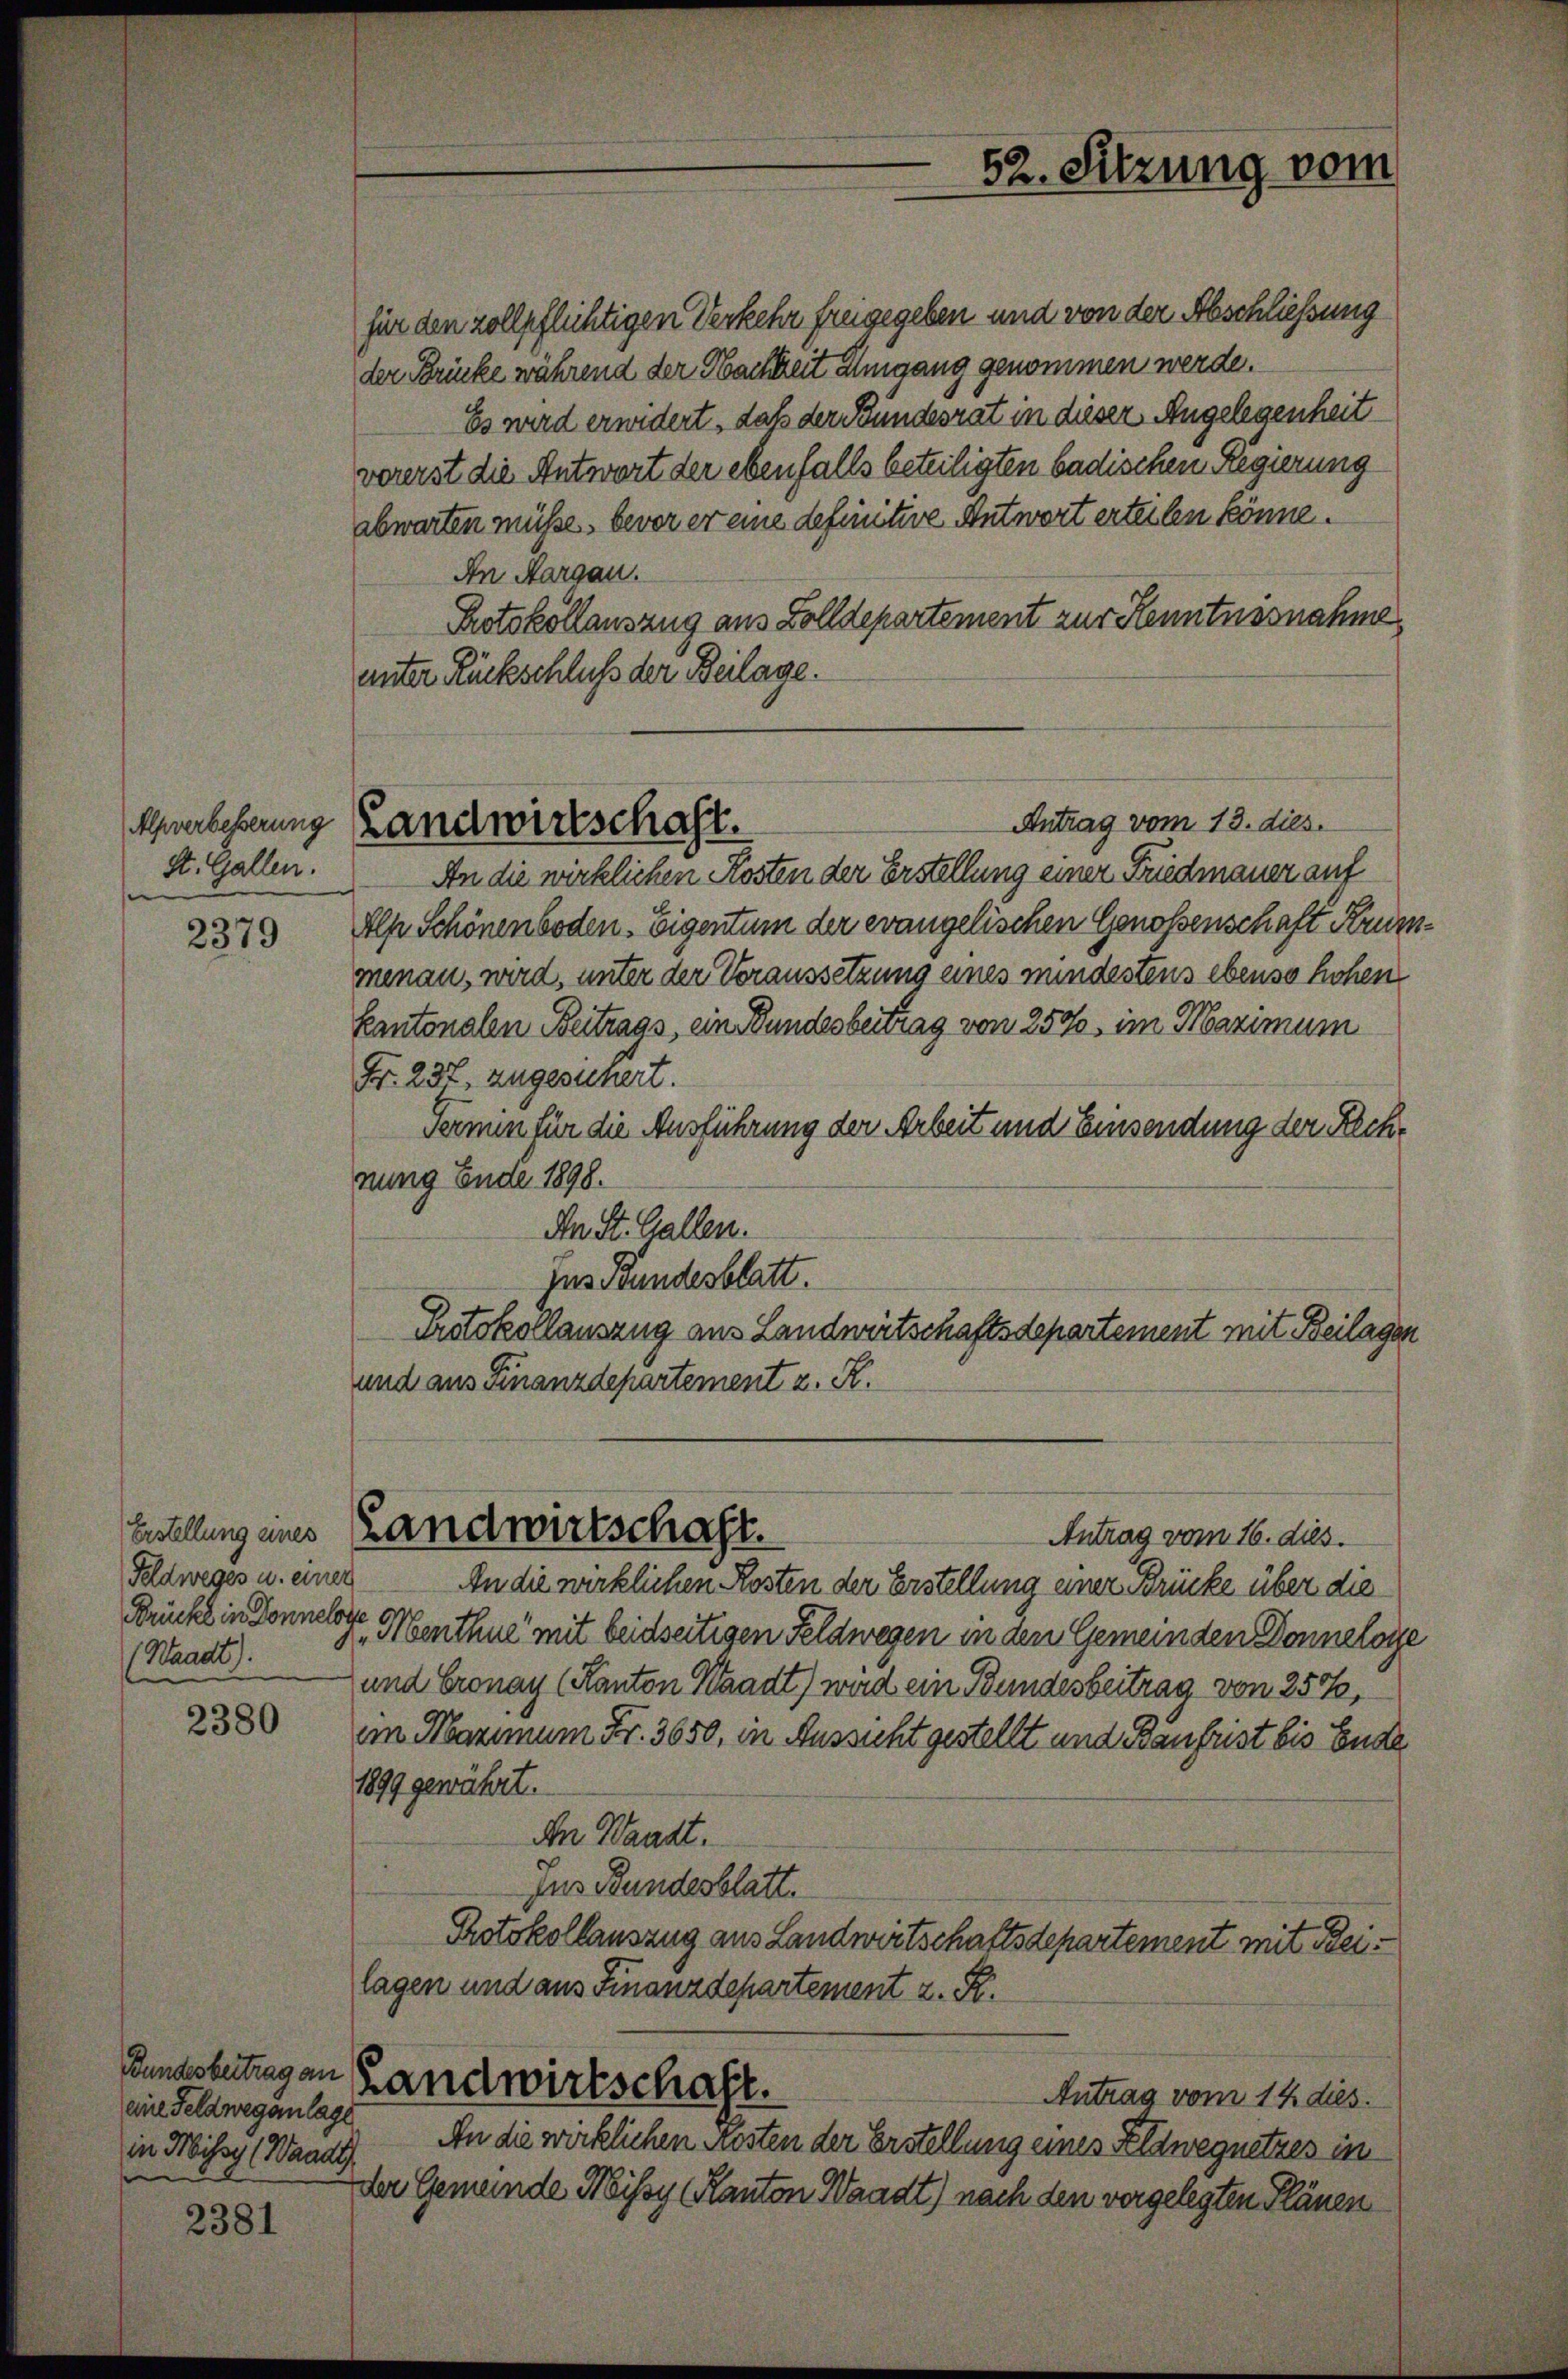
Alpverbesserung
St. Gallen.

2379

Erstellung eines
Feldweges u. einer
Brücke in Donnels
(Waadt.

2380

Bundesbeitrag an
eine Feldwegenlage
in Missy (Waadt

2381

Landwirtschaft.

für den zollpflichtigen Verkehr freigegeben und von der Abschließung
der Brücke während der Nachheit Umgang genommen werde.
Es wird erwidert, daß der Bundesrat in dieser Angelegenheit
vererst die Antwort der ebenfalls beteiligten badischen Regierung
abwarten müße, bevor er eine definitive Antwort erteilen könne.
An Margau.
Protokollauszug aus Zolldepartement zur Kenntnssnahme
unter Rückschluß der Beilage.
An die wirklichen Kosten der Erstellung einer Friedmauer auf
Alp Schönenboden-Eigentum der evangelischen Genossenschaft Krurmenau, wird, unter der Voraussetzung eines mindestens ebenso hohen
kantonalen Beitrags, ein Bundesbeitrag von 250, im Maximum
Fr. 237, zugesunert.
Termin für die Ausführung der Arbeit und Einsendung der Rechnung Ende 1898.
An St. Gallen.
Jus Bundesblatt.
Protokollauszug aus Landwirtschaftsdepartement mit Beilager
und aus Finanzdepartement z. R.
Landwirtschaft.
Antrag vom 16. dies.
An die wirklichen Kosten der Erstellung einer Brücke über die
fl
„Menthue mit beidseitigen Feldwegen in den Gemeinden Donneloy
und Cronay (Kanton Waadt) wird ein Bundesbeitrag von 250,
im Maximum Fr. 3650, in Aussicht gestellt und Baufrist bis Ende
1899 gewährt.
An Waadt.
Jus Bundesblatt.
Protokollauszug aus Landwirtschaftsdepartement mit Beilagen und aus Finanzdepartement z. R.
Landwirtschaft.
Antrag vom 14. dies
An die wirklichen Kosten der Erstellung eines Altwegnetzes in
der Gemeinde Missy (Kanton Waadt) nach den vorgelegten Plänen

52. Sitzung vom

Antrag vom 13. dies.